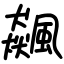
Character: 飆